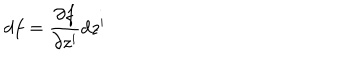
LaTeX: d f = \frac { \partial f } { \partial z ^ { i } } d z ^ { i }